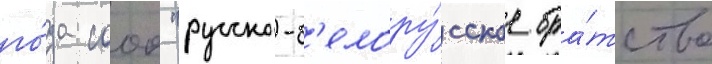
го́да сооо "русско-б'елору́сское бра́тство